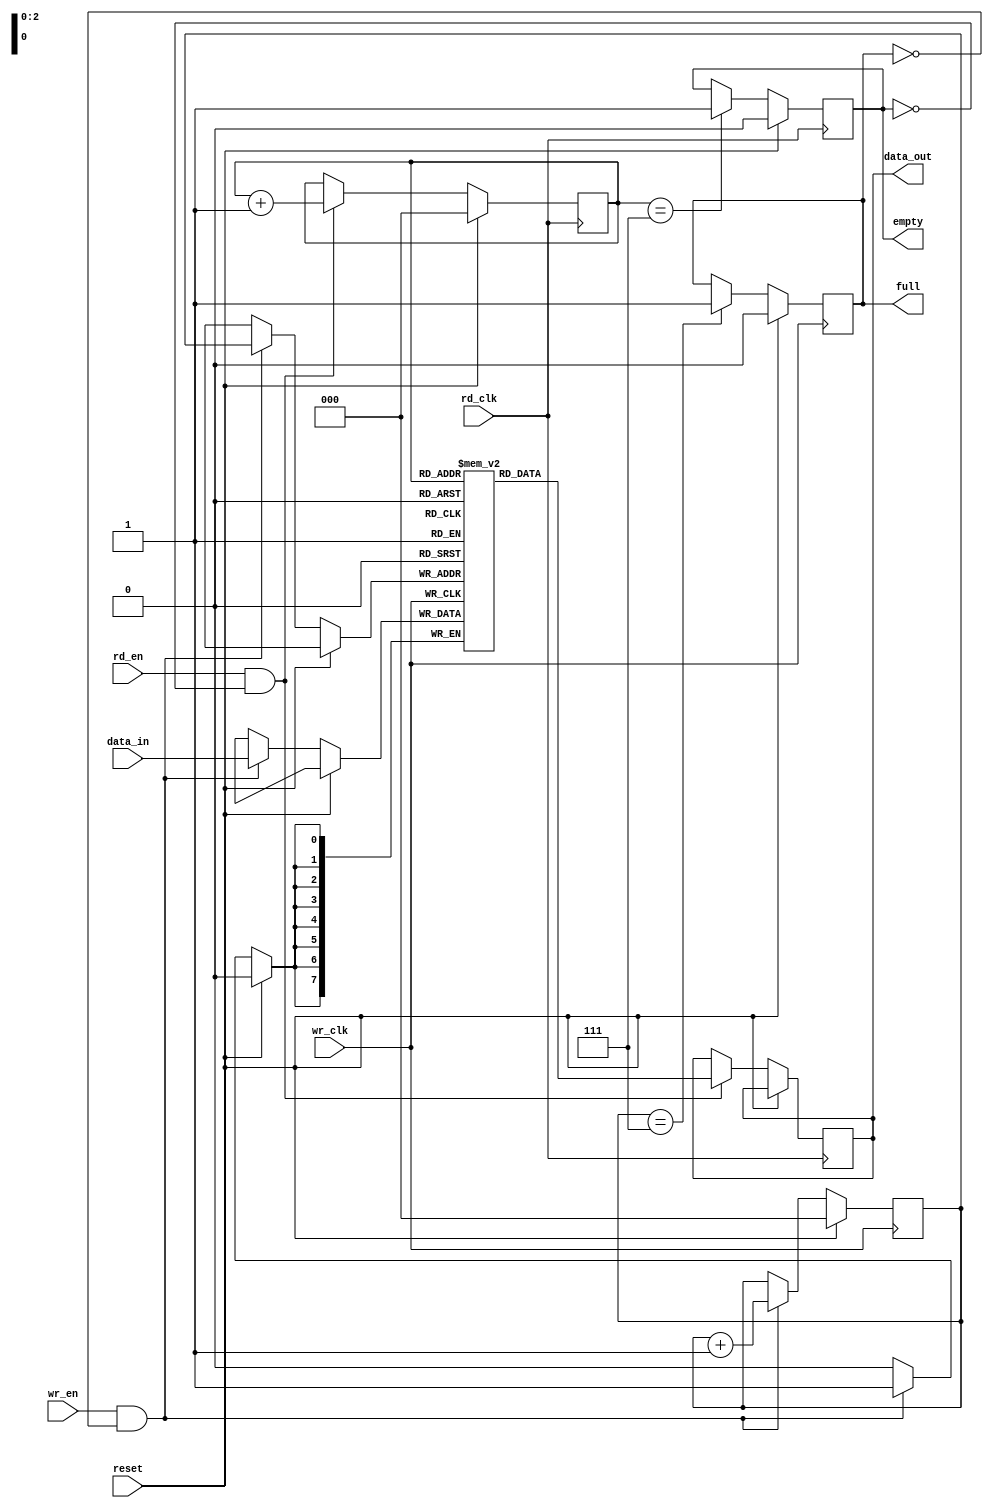
// Code your design here
module fifo(data_in,wr_clk,rd_clk,full,empty,reset,wr_en,rd_en,data_out);
  input [7:0]data_in;
  input wr_clk,rd_clk,reset,wr_en,rd_en;
  output reg full,empty;
  output reg[7:0]data_out;
  
  reg [2:0]rd_ptr,wr_ptr;
  
  reg [7:0]ram[0:7];
  
  always@(posedge wr_clk)//writing the data
    begin
      if(reset)
        wr_ptr<=0;
  	  else
        if(wr_en && !full)
          begin
            ram[wr_ptr]<=data_in;
  		    wr_ptr<=wr_ptr+1;
          end
    end
  
  always@(posedge rd_clk)//reading the data
    begin
      if(reset)
        rd_ptr<=0;
  	  else
        if(rd_en && !empty)
          begin
            data_out<=ram[rd_ptr];
  		    rd_ptr<=rd_ptr+1;
          end
    end
  
  always@(posedge wr_clk)
    begin
      if(reset)
        full<=0;
      else
        if(wr_ptr==3'b111)
          full<=1;
    end
  
  always@(posedge rd_clk)
    begin
      if(reset)
        empty<=0;
      else
        if(rd_ptr==3'b111)
          empty<=1;
    end
endmodule